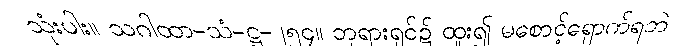
သုံးပါး။ သဂါထာ-သံ-ဋ္ဌ-၂၅၄။ ဘုရားရှင်၌ ထူး၍ မစောင့်ရှောက်ရဘဲ